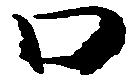
口